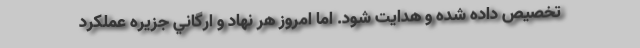
تخصيص داده شده و هدايت شود. اما امروز هر نهاد و ارگاني جزيره عملكرد